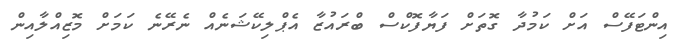
އިންޓަފޭސް އަށް ކަމުދާ ގޮތަށް ފަޔާފޮކްސް ބްރައުޒާ އެޕްލިކޭޝަނެއް ނެރޭނެ ކަމަށް މޮޒިއްލާއިން